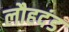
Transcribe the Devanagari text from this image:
लौहदंड